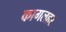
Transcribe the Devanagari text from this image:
कागलहर